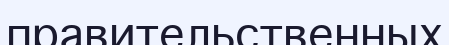
правительственных